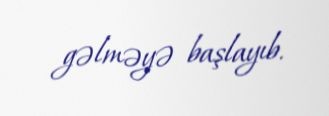
gəlməyə başlayıb.